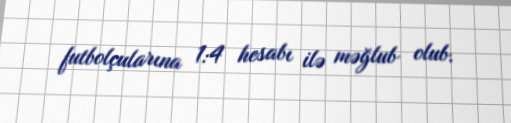
futbolçularına 1:4 hesabı ilə məğlub olub.